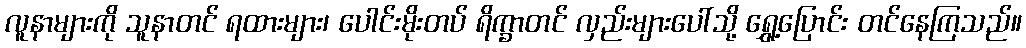
လူနာများကို သူနာတင် ရထားများ၊ ပေါင်းမိုးတပ် ရိက္ခာတင် လှည်းများပေါ်သို့ ရွှေ့ပြောင်း တင်နေကြသည်။